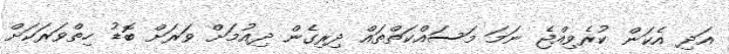
އަދި އެކަން ކުރެވިއްޖެ ނަމަ މަސައްކަތްތައް ދިރިގެން ދިއުމަށް ވަރަށް ބޮޑު ހިތްވަރަކަށް